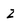
Character: Z